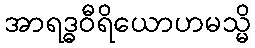
အာရဒ္ဓဝီရိယောဟမသ္မိ